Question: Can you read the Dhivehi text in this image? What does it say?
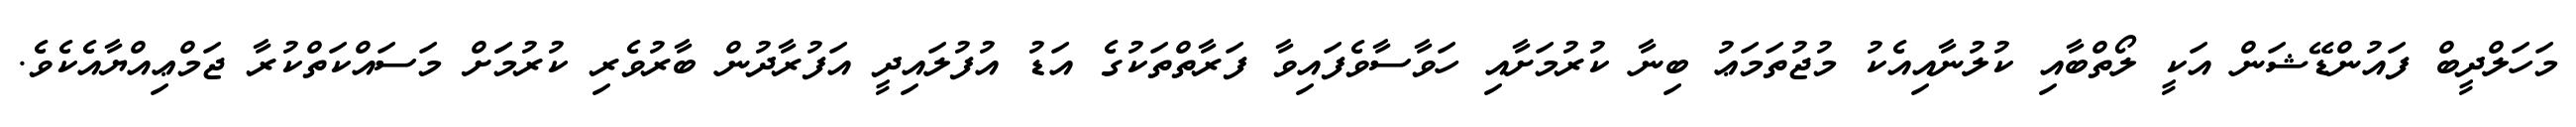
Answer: މަހަލްދީބް ފައުންޑޭޝަން އަކީ ލޯތްބާއި ކުލުނާއިއެކު މުޖުތަމަޢު ބިނާ ކުރުމަށާއި ހަވާސާވެފައިވާ ފަރާތްތަކުގެ އަޑު އުފުލައިދީ އަފުރާދުން ބާރުވެރި ކުރުމަަށް މަސައްކަތްކުރާ ޖަމްޢިއްޔާއެކެވެ.